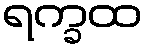
ရက္ခထ